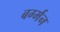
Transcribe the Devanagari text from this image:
बर्ग्मन